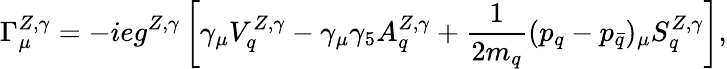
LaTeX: \Gamma_{\mu}^{Z,\gamma}=-ieg^{Z,\gamma}\left[\gamma_{\mu}V_{q}^{Z,\gamma}-\gamma_{\mu}\gamma_{5}A_{q}^{Z,\gamma}+\frac{1}{2m_{q}}(p_{q}-p_{\bar{q}})_{\mu}S_{q}^{Z,\gamma}\right],